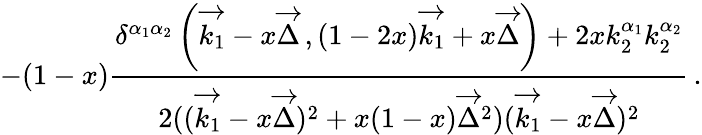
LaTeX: -(1-x)\frac{\delta^{\alpha_{1}\alpha_{2}}\left(\overrightarrow{k_{1}}-x\overrightarrow{\Delta}\, ,(1-2x)\overrightarrow{k_{1}}+x\overrightarrow{\Delta}\right)+2xk_{2}^{\alpha_{1}}k_{2}^{\alpha_{2}}}{2((\overrightarrow{k_{1}}-x\overrightarrow{\Delta})^{2}+x(1-x)\overrightarrow{\Delta}^{2})(\overrightarrow{k_{1}}-x\overrightarrow{\Delta})^{2}}\, .